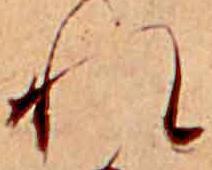
れ